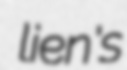
lien's